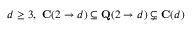
d \ge 3 , ~ \mathbf { C } ( 2 \to d ) \subseteq \mathbf { Q } ( 2 \to d ) \subsetneq \mathbf { C } ( d )